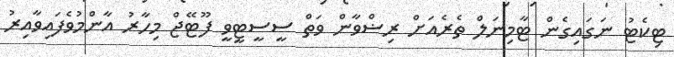
ޓިކެޓު ނަގައިގެން ޓާމިނަލް ތެރެއަށް ރިޟްވާން ވަތް ސީސީޓީވީ ފޫޓޭޖް މިހާރު އާންމުވެފައިވާއިރު